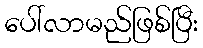
ပေါ်လာမည်ဖြစ်ပြီး